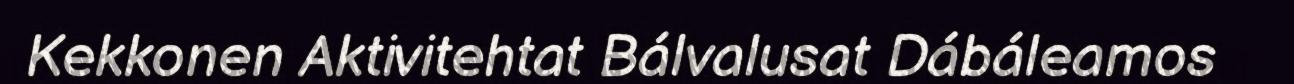
Kekkonen Aktivitehtat Bálvalusat Dábáleamos